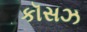
કૉસઝ